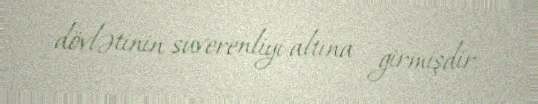
dövlətinin suverenliyi altına girmişdir.